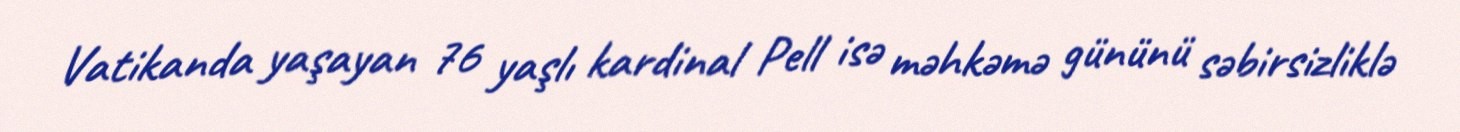
Vatikanda yaşayan 76 yaşlı kardinal Pell isə məhkəmə gününü səbirsizliklə